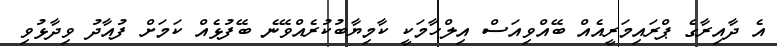
އެ ދާއިރާގެ ޕްރައިމަރީއެއް ބޭއްވިއަސް އިލްހާމަކީ ކާމިޔާބުކުރެއްވޭނެ ބޭފުޅެއް ކަމަށް ފުއާދު ވިދާޅުވި